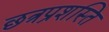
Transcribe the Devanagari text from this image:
छत्रप्रशस्ति